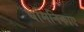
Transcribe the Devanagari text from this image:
धमिनिकाए